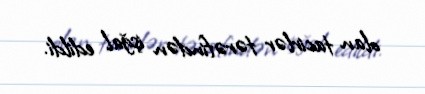
olan tacirlər tərəfindən işğal edildi.